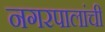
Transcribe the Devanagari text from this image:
नगरपालांची